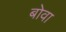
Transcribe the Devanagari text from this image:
बोवा